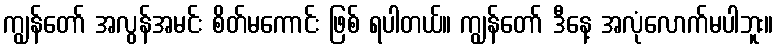
ကျွန်တော် အလွန်အမင်း စိတ်မကောင်း ဖြစ် ရပါတယ်။ ကျွန်တော် ဒီနေ့ အလုံလောက်မပါဘူး။